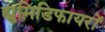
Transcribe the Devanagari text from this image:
ह्युमिडिफायरों